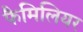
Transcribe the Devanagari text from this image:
फैमिलियर